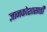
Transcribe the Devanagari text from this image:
ज्ञानकोशासाठी